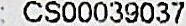
: CS00039037